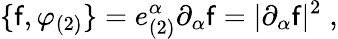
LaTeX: \{ \mathsf{f},\varphi_{(2)}\} =e_{(2)}^{\alpha}\partial_{\alpha}\mathsf{f}=|\partial_{\alpha}\mathsf{f}|^{2}\; ,